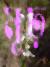
মূঢ়